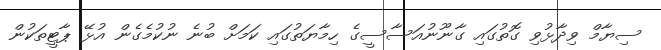
ސިޔާމް ވިދާޅުވި ގޮތުގައި ގާނޫނުއަސާސީގެ ހިމާޔަތުގައި ކަމަށް ބުނެ ނުކުމެގެން އުޅޭ ޕާޓީތަކުން